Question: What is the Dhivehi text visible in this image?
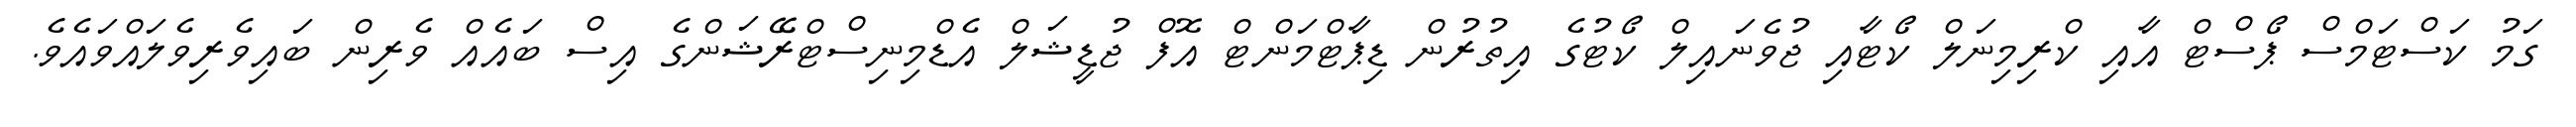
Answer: ގަމު ކަސްޓަމްސް ޕޯސްޓް އާއި ކްރިމިނަލް ކޯޓާއި ޖުވެނައިލް ކޯޓުގެ އިތުރުން ޑިޕާޓްމަންޓް އޮފް ޖުޑީޝަލް އެޑްމިނިސްޓްރޭޝަންގެ އިސް ބައެއް ވެރިން ބައިވެރިވެލައްވައެވެ.